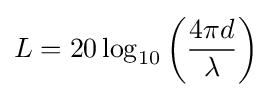
L=20\log _{10}\left({\frac {4\pi d}{\lambda }}\right)